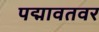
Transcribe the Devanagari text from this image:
पद्मावतवर